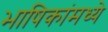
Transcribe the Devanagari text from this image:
भाषिकांमध्ये